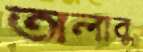
অলাবু